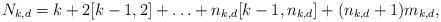
LaTeX: \begin{align*}N_{k,d} = k + 2[k - 1,2] + \ldots + n_{k,d}[k - 1,n_{k,d}] + (n_{k,d} + 1)m_{k,d},\end{align*}